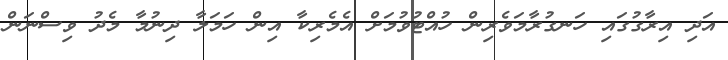
އަދި އިރާގުގައި ހަނގުރާމަވެރިން ހުއްޓުވުމަށް އެމެރިކާ އިން ހަމަލާ ދިނުމާ މެދު ވިސްނަން